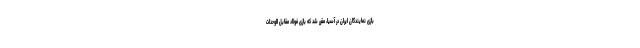
بازی نمایندگان ایران در آسیا، مقرر شد که بازی فولاد مقابل الوحدات